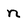
Character: n